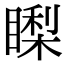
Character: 𥊈